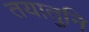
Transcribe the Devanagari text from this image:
तयातुनि